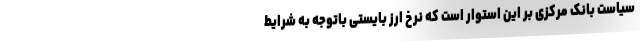
سیاست بانک مرکزی بر این استوار است که نرخ ارز بایستی باتوجه به شرایط